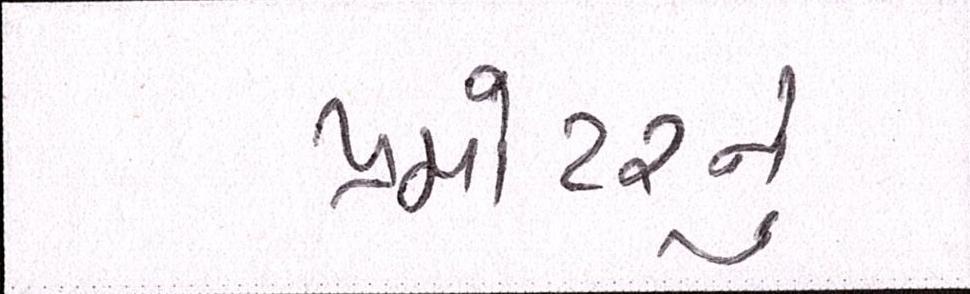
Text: પ્રમોટરનું